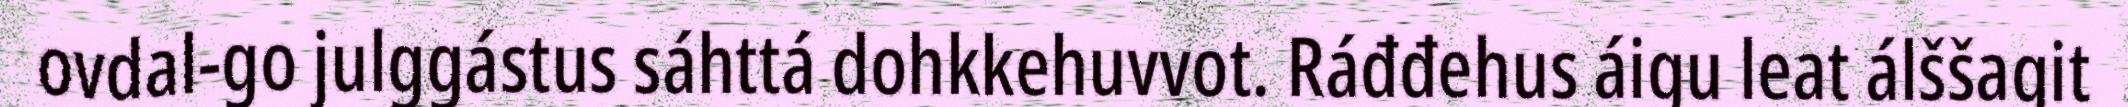
ovdal-go julggástus sáhttá dohkkehuvvot. Ráđđehus áigu leat álššagit